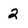
Character: 2